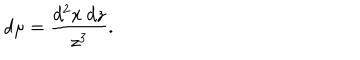
d \mu = { \frac { d ^ { 2 } x \ d z } { z ^ { 3 } } } .